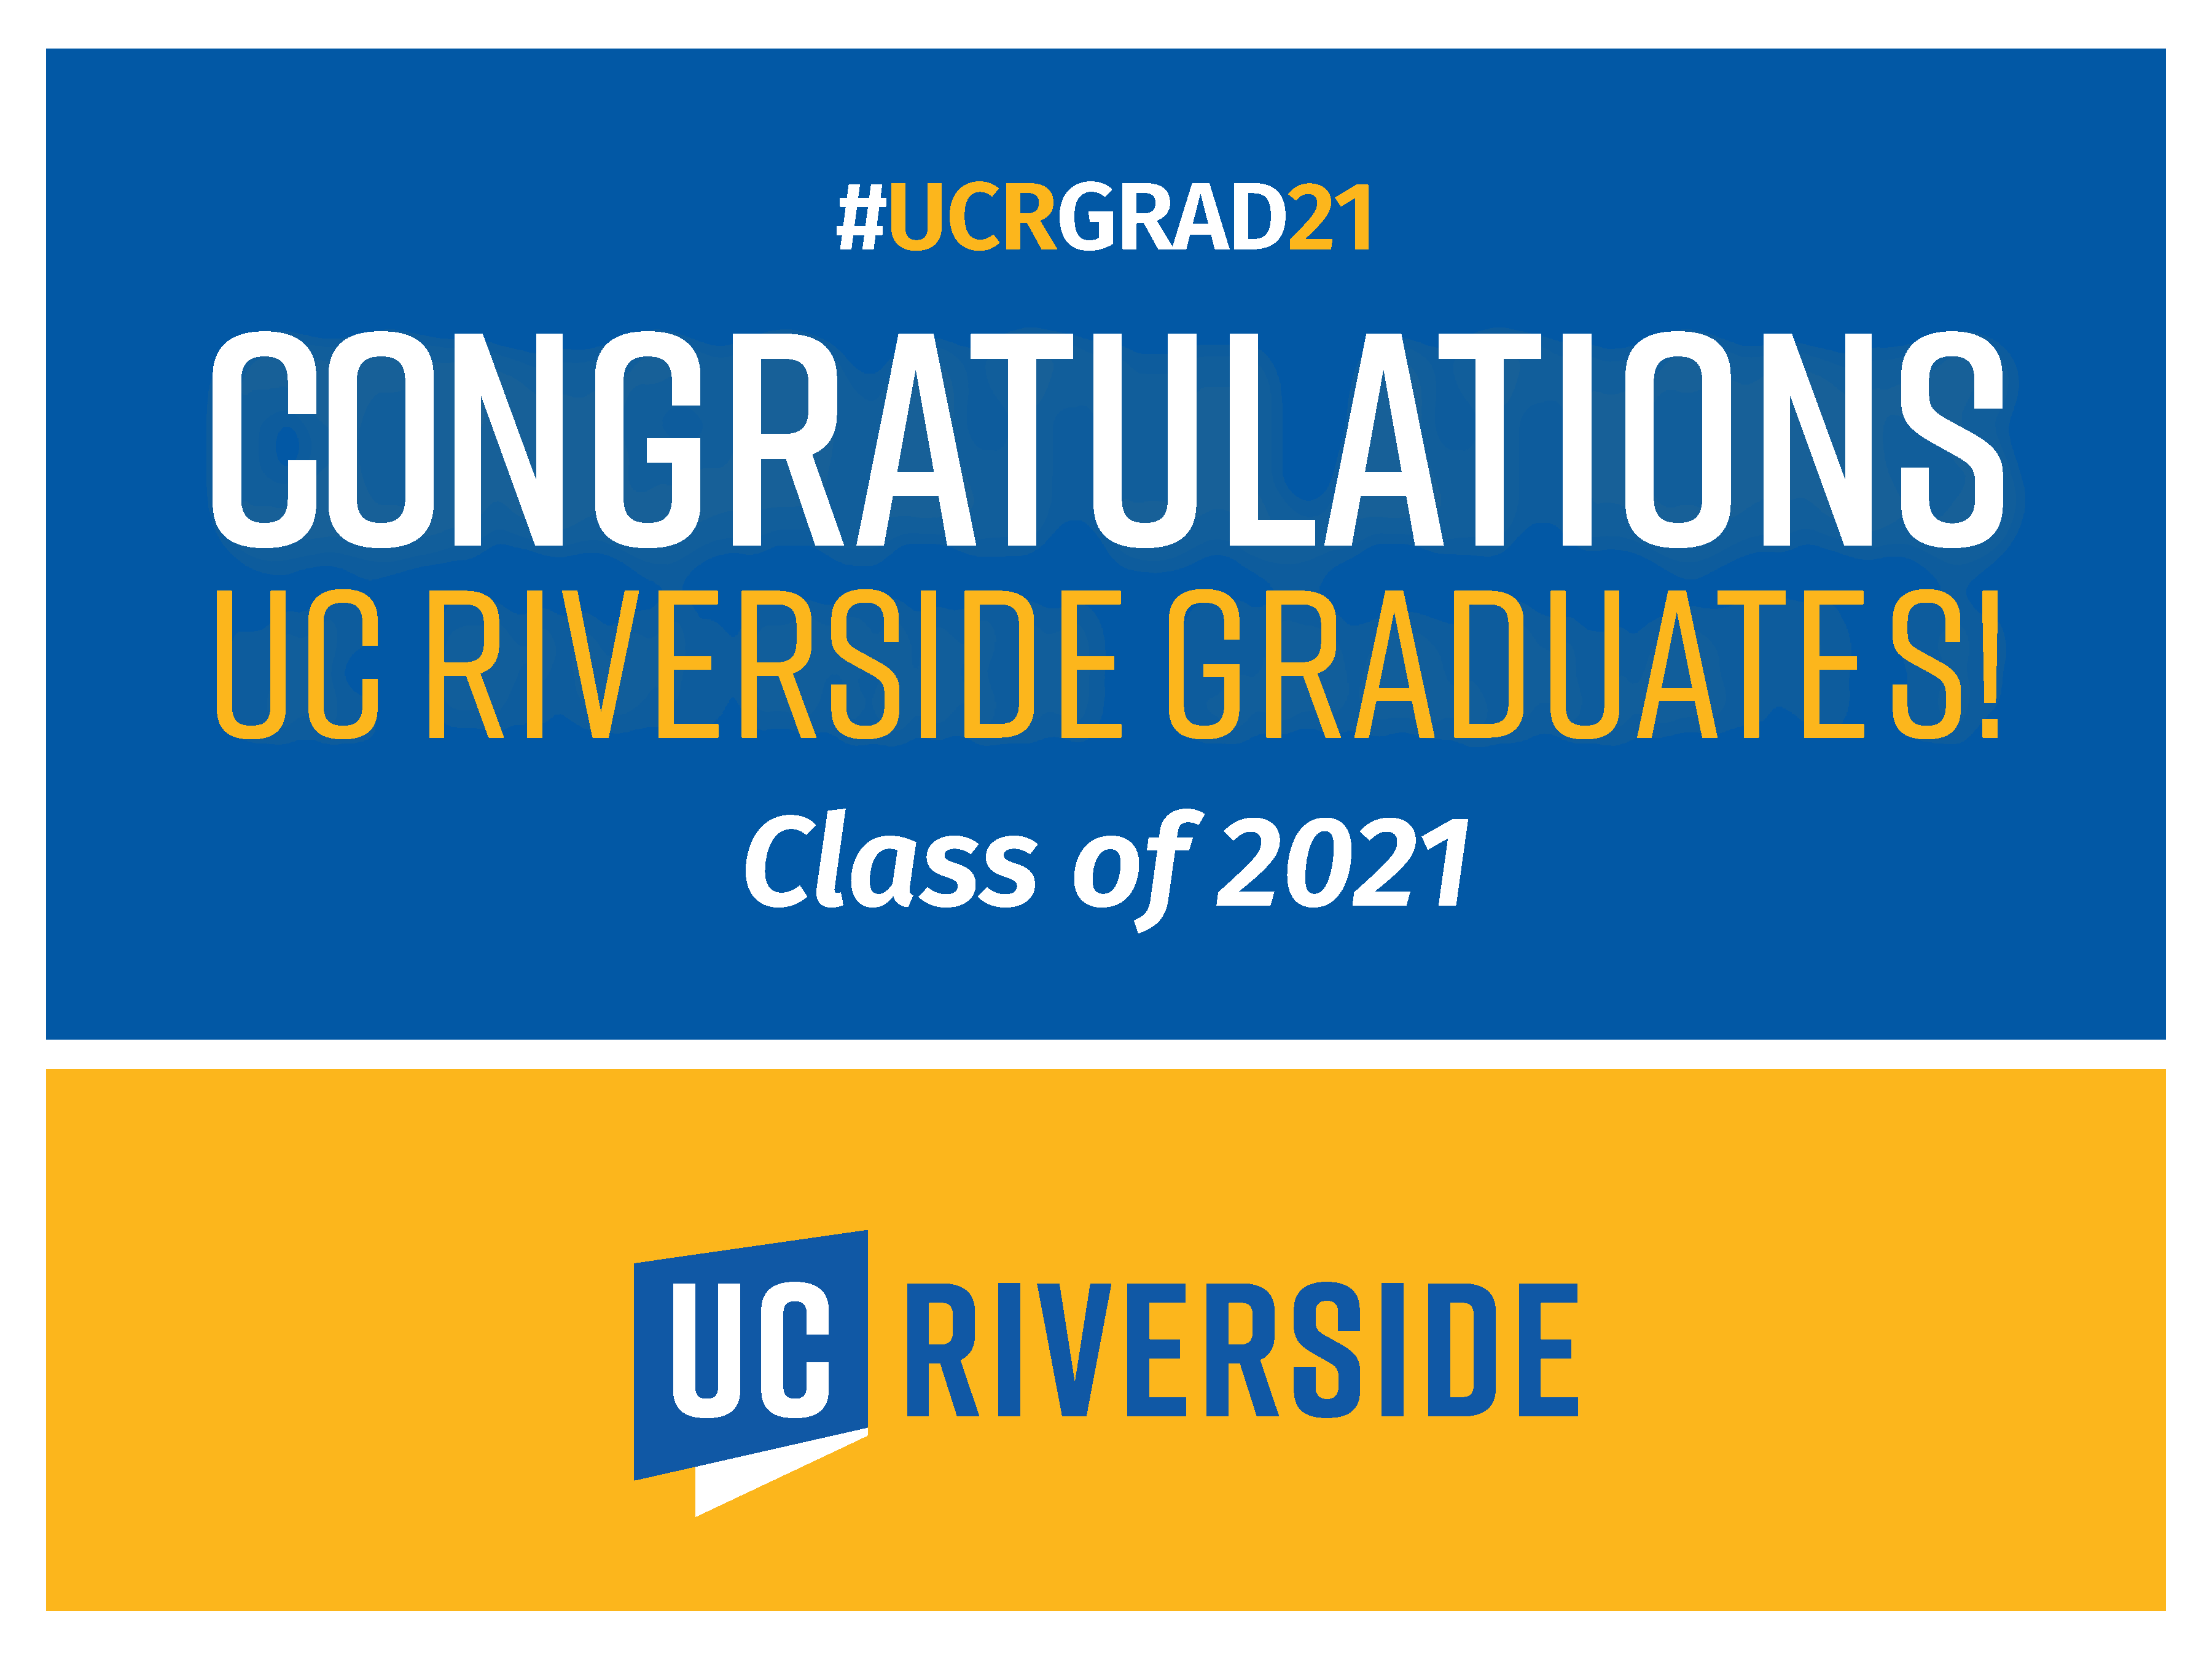
#UCRGRAD21
 CONGRATULATIONS
 UC                     RIVERSIDE                                                                       GRADUATE                                                                      S!
 Class                              of              2021